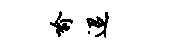
喻迢